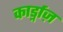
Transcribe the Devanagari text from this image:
कार्ड्नाज़